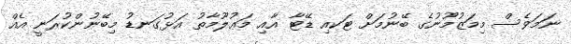
ނަމަވެސް މިމަޒުމޫނުގެ ބޭނުމަށް ޓަކއި ޑޭޓާ އާއި މަޢުލޫމާތު އަޅުގަނޑު މިބޭނުންކުރަނީ އެއް